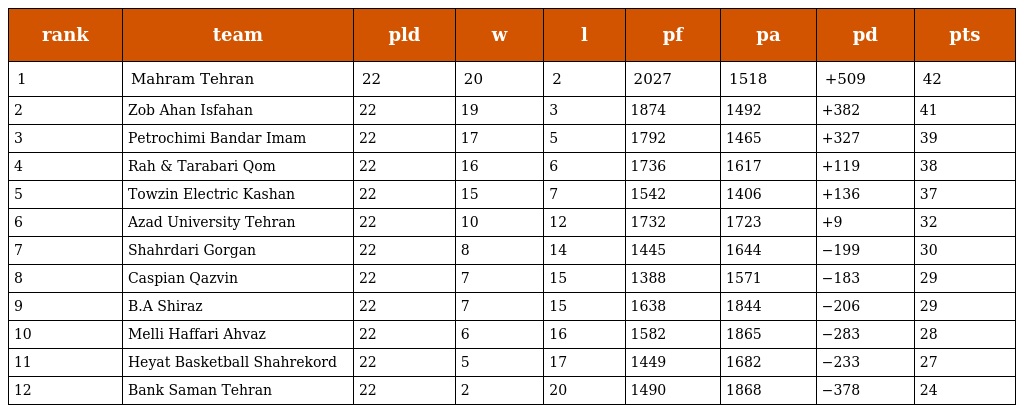
| rank | team | pld | w | l | pf | pa | pd | pts |
 | --- | --- | --- | --- | --- | --- | --- | --- | --- |
 | 1 | Mahram Tehran | 22 | 20 | 2 | 2027 | 1518 | +509 | 42 |
 | 2 | Zob Ahan Isfahan | 22 | 19 | 3 | 1874 | 1492 | +382 | 41 |
 | 3 | Petrochimi Bandar Imam | 22 | 17 | 5 | 1792 | 1465 | +327 | 39 |
 | 4 | Rah & Tarabari Qom | 22 | 16 | 6 | 1736 | 1617 | +119 | 38 |
 | 5 | Towzin Electric Kashan | 22 | 15 | 7 | 1542 | 1406 | +136 | 37 |
 | 6 | Azad University Tehran | 22 | 10 | 12 | 1732 | 1723 | +9 | 32 |
 | 7 | Shahrdari Gorgan | 22 | 8 | 14 | 1445 | 1644 | −199 | 30 |
 | 8 | Caspian Qazvin | 22 | 7 | 15 | 1388 | 1571 | −183 | 29 |
 | 9 | B.A Shiraz | 22 | 7 | 15 | 1638 | 1844 | −206 | 29 |
 | 10 | Melli Haffari Ahvaz | 22 | 6 | 16 | 1582 | 1865 | −283 | 28 |
 | 11 | Heyat Basketball Shahrekord | 22 | 5 | 17 | 1449 | 1682 | −233 | 27 |
 | 12 | Bank Saman Tehran | 22 | 2 | 20 | 1490 | 1868 | −378 | 24 |